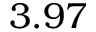
3 . 9 7